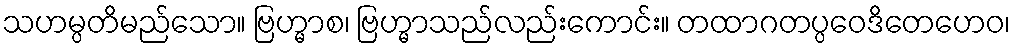
သဟမ္ပတိမည်သော။ ဗြဟ္မာစ၊ ဗြဟ္မာသည်လည်းကောင်း။ တထာဂတပ္ပဝေဒိတေဟေဝ၊